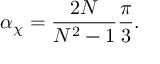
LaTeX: \alpha _ { \chi } = { \frac { 2 N } { N ^ { 2 } - 1 } } { \frac { \pi } { 3 } } .